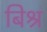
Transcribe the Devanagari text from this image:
बिश्र